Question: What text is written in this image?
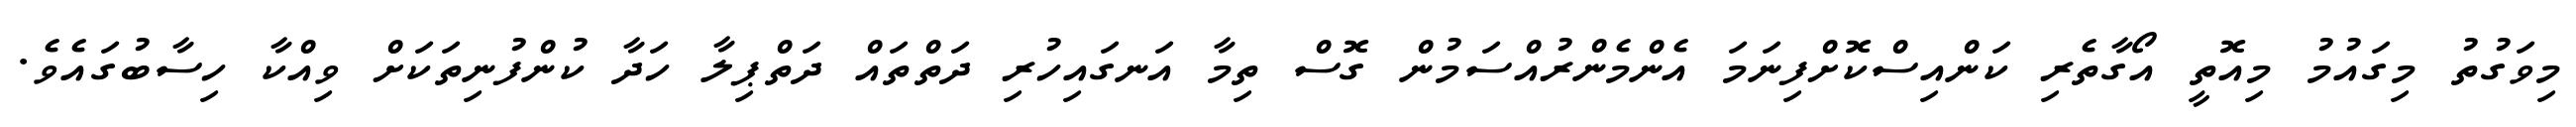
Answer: މިވަގުތު މިގައުމު މިއޮތީ އޯގާތެރި ކަންއިސްކޮށްފިނަމަ އެންމެންރުއްސަމުން ގޮސް ތިމާ އަނގައިހުރި ދަތްތައް ދަތްޕިލާ ހަދާ ކުންފުނިތަކަށް ވިއްކާ ހިސާބުގައެވެ.